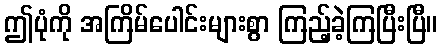
ဤပုံကို အကြိမ်ပေါင်းများစွာ ကြည့်ခဲ့ကြပြီးပြီ။